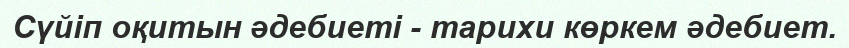
Сүйіп оқитын әдебиеті - тарихи көркем әдебиет.